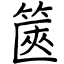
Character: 篋